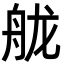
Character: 𦨩